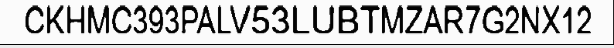
CKHMC393PALV53LUBTMZAR7G2NX12